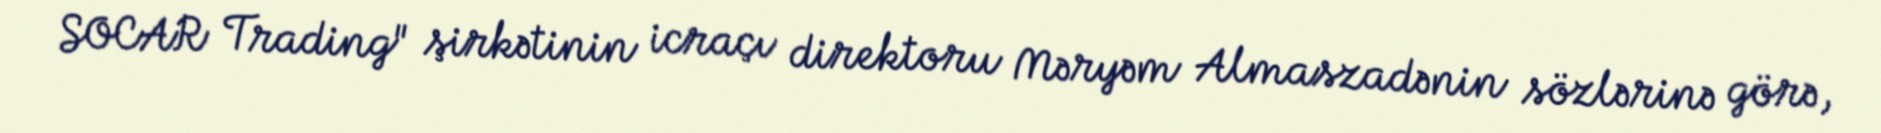
SOCAR Trading" şirkətinin icraçı direktoru Məryəm Almaszadənin sözlərinə görə,